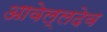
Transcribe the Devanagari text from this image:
आवेल्लदेव